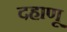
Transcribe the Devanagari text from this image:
दहाणू